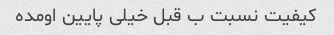
کیفیت نسبت ب قبل خیلی پایین اومده